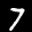
Label: 7